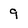
Character: 9